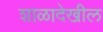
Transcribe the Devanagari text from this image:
शाळादेखील